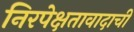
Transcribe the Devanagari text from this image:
निरपेक्षतावादाची